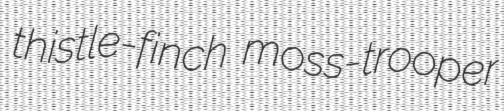
thistle-finch moss-trooper